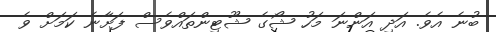
ބުނެ އެވެ. އަދި އަންނަ މަހު ޝޯގެ ޝޫޓިންތައްވެސް ފަށާނެ ކަމަށް ވެ